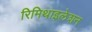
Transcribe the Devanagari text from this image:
रिमिथाइलेशन